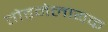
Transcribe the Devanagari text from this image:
तोड़नेलायक